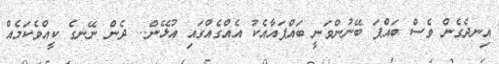
އިނދެގެން ވެސް ބައްޕަ ބޭނުންވަނީ ބައްޕައާއެކު އެއްގެއްގައި އުޅޭން... ދެން ނޭނގެ ކީއްވެކަމެއް